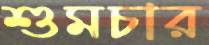
শুমচার